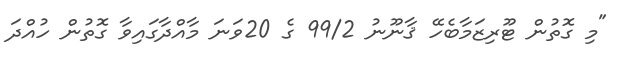
"މި ގޮތުން ޓޫރިޒަމާބެހޭ ޤާނޫނު 99/2 ގެ 20ވަނަ މާއްދާގައިވާ ގޮތުން ހުއްދަ